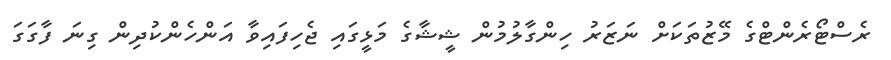
ރެސްޓޯރެންޓްގެ މޭޒުތަކަށް ނަޒަރު ހިންގާލުމުން ޝީޝާގެ މަޅީގައި ޖެހިފައިވާ އަންހެންކުދިން ގިނަ ފާގަގަ